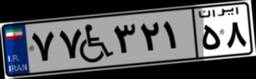
۳۷W۴۱۴۵۸